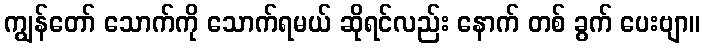
ကျွန်တော် သောက်ကို သောက်ရမယ် ဆိုရင်လည်း နောက် တစ် ခွက် ပေးဗျာ။